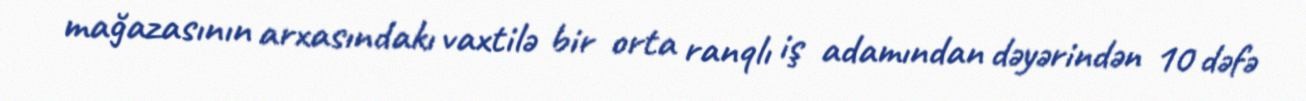
mağazasının arxasındakı vaxtilə bir orta ranqlı iş adamından dəyərindən 10 dəfə